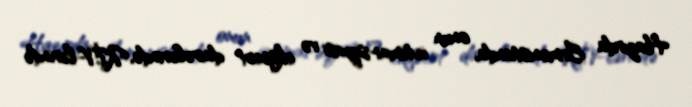
Hazırda Ermənistanda, onun ictimai-siyasi və ekspert dairələrində, KİV-lərində